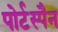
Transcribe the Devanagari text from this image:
पोर्टस्पैन